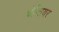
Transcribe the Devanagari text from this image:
चेन्तियर